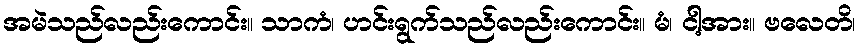
အမဲသည်လည်းကောင်း။ သာကံ၊ ဟင်းရွက်သည်လည်းကောင်း။ မံ၊ ငါ့အား။ ဗလေတိ၊